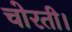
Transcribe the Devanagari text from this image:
चोरती।